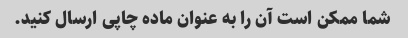
شما ممکن است آن را به عنوان ماده چاپی ارسال کنید.